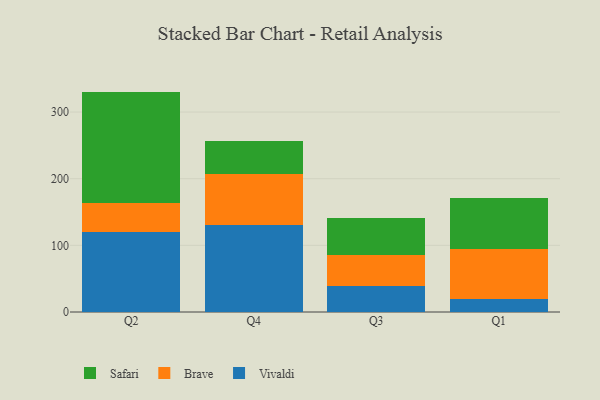
{"axis": {"x": "Quarter", "y": "Net Income (USD K)"}, "legend": ["Brave", "Safari", "Vivaldi"], "data": [{"x": "Q2", "y": 119.3, "type": "Vivaldi"}, {"x": "Q2", "y": 44.9, "type": "Brave"}, {"x": "Q2", "y": 166.5, "type": "Safari"}, {"x": "Q4", "y": 130.3, "type": "Vivaldi"}, {"x": "Q4", "y": 76.6, "type": "Brave"}, {"x": "Q4", "y": 49.3, "type": "Safari"}, {"x": "Q3", "y": 39.2, "type": "Vivaldi"}, {"x": "Q3", "y": 46.5, "type": "Brave"}, {"x": "Q3", "y": 55.0, "type": "Safari"}, {"x": "Q1", "y": 18.8, "type": "Vivaldi"}, {"x": "Q1", "y": 75.7, "type": "Brave"}, {"x": "Q1", "y": 76.9, "type": "Safari"}]}